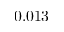
0 . 0 1 3